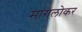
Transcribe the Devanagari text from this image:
मांगलोकर